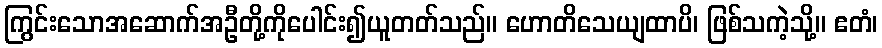
ကြွင်းသောအဆောက်အဦတို့ကိုပေါင်း၍ယူတတ်သည်။ ဟောတိသေယျထာပိ၊ ဖြစ်သကဲ့သို့။ ဧတံ၊